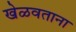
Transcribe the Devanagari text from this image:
खेळवताना